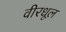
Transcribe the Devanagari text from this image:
वीरधूल